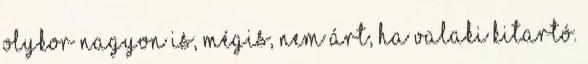
Olykor nagyon is, mégis, nem árt, ha valaki kitartó.